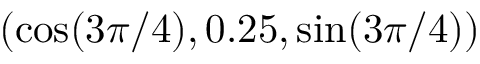
( \cos ( 3 \pi / 4 ) , 0 . 2 5 , \sin ( 3 \pi / 4 ) )